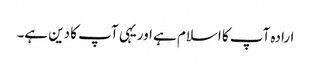
ارادہ آپ کا اسلام ہے اوریہی آپ کا دین ہے۔